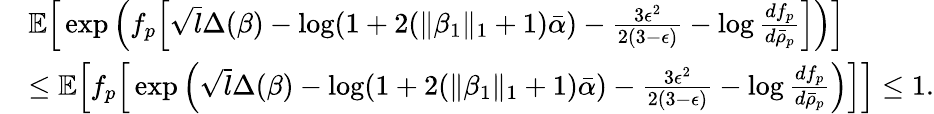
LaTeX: \begin{array}{rl}&{\mathbb{E}\Big[\exp\Big(f_{p}\Big[\sqrt{l}\Delta(\beta)-\log(1+2(\| \beta_{1}\| _{1}+1)\bar{\alpha})-\frac{3\epsilon^{2}}{2(3-\epsilon)}-\log\frac{df_{p}}{d\bar{\rho}_{p}}\Big]\Big)\Big]}\\ &{\leq\mathbb{E}\Big[f_{p}\Big[\exp\Big(\sqrt{l}\Delta(\beta)-\log(1+2(\| \beta_{1}\| _{1}+1)\bar{\alpha})-\frac{3\epsilon^{2}}{2(3-\epsilon)}-\log\frac{df_{p}}{d\bar{\rho}_{p}}\Big)\Big]\Big]\leq 1.}\end{array}